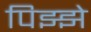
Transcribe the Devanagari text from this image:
पिझ्झे